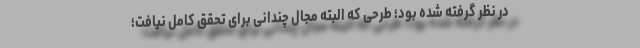
در نظر گرفته شده بود؛ طرحی که البته مجال چندانی برای تحقق کامل نیافت؛